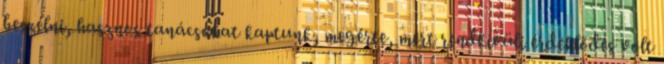
beszélni, hasznos tanácsokat kaptunk, megérte, mert rendkívüli érdeklődés volt